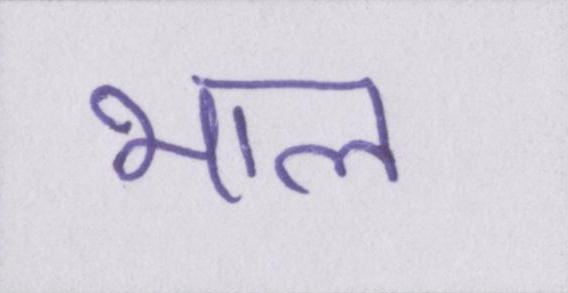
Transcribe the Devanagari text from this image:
भाल